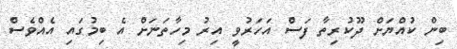
ބިން ކުއްޔަށް ދޫކުރިތާ ފަސް އަހަރުވީ އިރު މިހާތަނަށް އެ ބިމުގައި އެއްވެސް